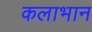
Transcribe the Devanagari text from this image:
कलाभान